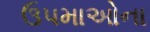
ઉપમાઓના